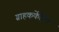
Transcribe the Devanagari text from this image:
ग्राहककेंद्रित